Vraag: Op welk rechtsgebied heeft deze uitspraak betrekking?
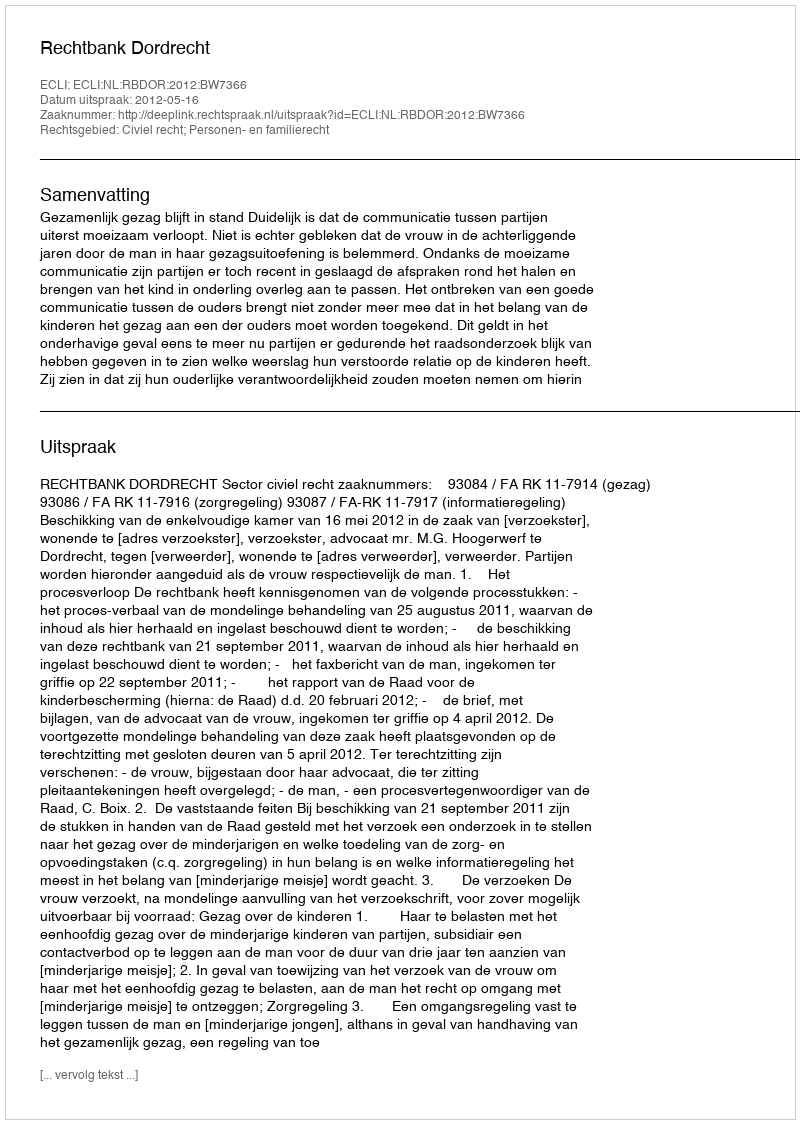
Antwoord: Civiel recht; Personen- en familierecht